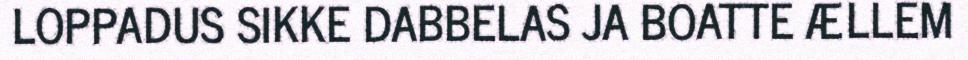
LOPPADUS SIKKE DABBELAS JA BOATTE ÆLLEM